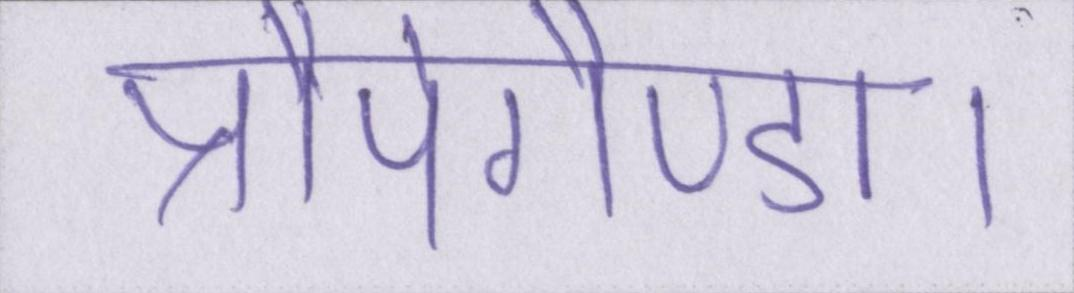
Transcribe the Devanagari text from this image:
प्रौपेगैण्डा।